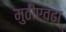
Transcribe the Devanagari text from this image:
मुठीएवढा